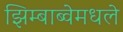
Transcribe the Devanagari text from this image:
झिम्बाब्वेमधले